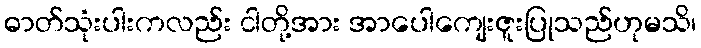
ဓာတ်သုံးပါးကလည်း ငါတို့အား အာပေါကျေးဇူးပြုသည်ဟုမသိ၊